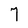
Character: 7